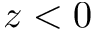
z < 0